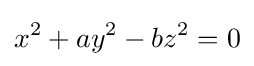
x^{2}+ay^{2}-bz^{2}=0